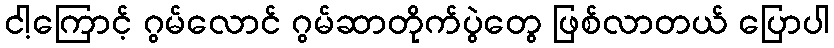
ငါ့ကြောင့် ဂွမ်လောင် ဂွမ်ဆာတိုက်ပွဲတွေ ဖြစ်လာတယ် ပြောပါ